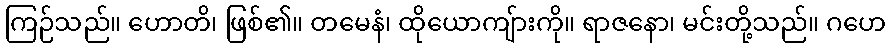
ကြဉ်သည်။ ဟောတိ၊ ဖြစ်၏။ တမေနံ၊ ထိုယောကျ်ားကို။ ရာဇနော၊ မင်းတို့သည်။ ဂဟေ